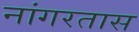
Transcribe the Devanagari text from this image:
नांगरतास